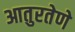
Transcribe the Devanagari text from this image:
आतुरतेणे